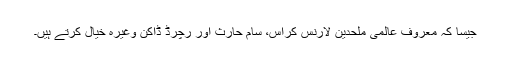
جیسا کہ معروف عالمی مُلحدین لارنس کراس، سام حارث اور رچرڈ ڈاکن وغیرہ خیال کرتے ہیں۔